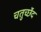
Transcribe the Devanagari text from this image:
चतुर्च्छेद